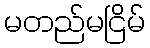
မတည်မငြိမ်